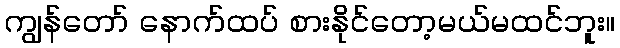
ကျွန်တော် နောက်ထပ် စားနိုင်တော့မယ်မထင်ဘူး။